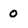
Character: 0